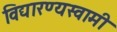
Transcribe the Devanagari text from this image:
विद्यारण्यस्वामी